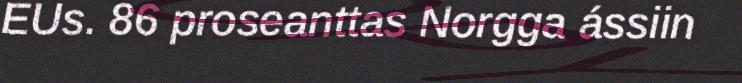
EUs. 86 proseanttas Norgga ássiin